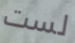
لست